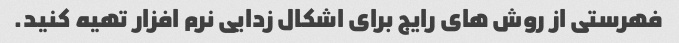
فهرستی از روش های رایج برای اشکال زدایی نرم افزار تهیه کنید.